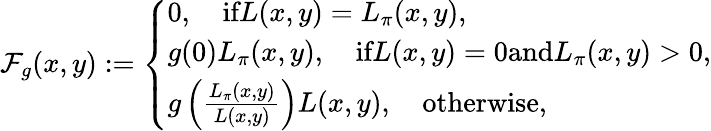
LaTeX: \begin{array}{r}{\mathcal{F}_{g}(x,y):=\left\{ \begin{array}{ll}{0,\quad\textrm{if}L(x,y)=L_{\pi}(x,y),}\\ {g(0)L_{\pi}(x,y),\quad\textrm{if}L(x,y)=0\textrm{and}L_{\pi}(x,y)>0,}\\ {g\left(\frac{L_{\pi}(x,y)}{L(x,y)}\right)L(x,y),\quad\textrm{otherwise},}\end{array}\right.}\end{array}